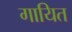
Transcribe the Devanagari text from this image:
गायित